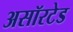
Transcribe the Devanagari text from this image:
असॉरटेड